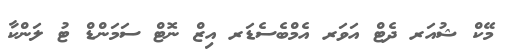
މޭކް ޝުއަރ ދެޓް އަވަރ އެމްބެސެޑަރ އިޒް ނޮޓް ސަމަންޑް ޓު ލަންކާ